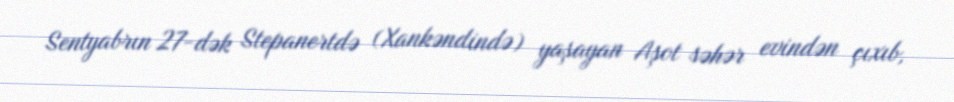
Sentyabrın 27-dək Stepanertdə (Xankəndində) yaşayan Aşot səhər evindən çıxıb,